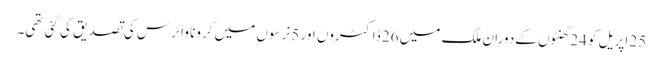
25 اپریل کو 24 گھنٹوں کے دوران ملک میں 26 ڈاکٹروں اور 5 نرسوں میں کرونا وائرس کی تصدیق کی گئی تھی۔